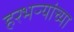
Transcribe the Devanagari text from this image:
हरभऱ्यांच्या